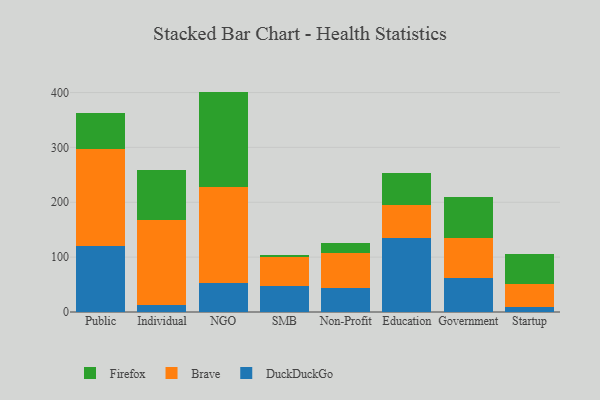
{"axis": {"x": "Segment", "y": "Revenue (USD Million)"}, "legend": ["Brave", "DuckDuckGo", "Firefox"], "data": [{"x": "Public", "y": 119.8, "type": "DuckDuckGo"}, {"x": "Public", "y": 176.7, "type": "Brave"}, {"x": "Public", "y": 65.6, "type": "Firefox"}, {"x": "Individual", "y": 12.9, "type": "DuckDuckGo"}, {"x": "Individual", "y": 154.8, "type": "Brave"}, {"x": "Individual", "y": 91.8, "type": "Firefox"}, {"x": "NGO", "y": 52.1, "type": "DuckDuckGo"}, {"x": "NGO", "y": 175.0, "type": "Brave"}, {"x": "NGO", "y": 174.6, "type": "Firefox"}, {"x": "SMB", "y": 47.0, "type": "DuckDuckGo"}, {"x": "SMB", "y": 52.4, "type": "Brave"}, {"x": "SMB", "y": 5.3, "type": "Firefox"}, {"x": "Non-Profit", "y": 43.6, "type": "DuckDuckGo"}, {"x": "Non-Profit", "y": 63.1, "type": "Brave"}, {"x": "Non-Profit", "y": 19.6, "type": "Firefox"}, {"x": "Education", "y": 135.7, "type": "DuckDuckGo"}, {"x": "Education", "y": 60.0, "type": "Brave"}, {"x": "Education", "y": 58.5, "type": "Firefox"}, {"x": "Government", "y": 61.6, "type": "DuckDuckGo"}, {"x": "Government", "y": 72.7, "type": "Brave"}, {"x": "Government", "y": 74.5, "type": "Firefox"}, {"x": "Startup", "y": 8.5, "type": "DuckDuckGo"}, {"x": "Startup", "y": 42.2, "type": "Brave"}, {"x": "Startup", "y": 55.1, "type": "Firefox"}]}